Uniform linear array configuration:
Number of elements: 32
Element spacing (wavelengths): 0.75
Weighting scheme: cosine
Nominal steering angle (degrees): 60
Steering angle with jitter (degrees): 58.801
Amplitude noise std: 0.05
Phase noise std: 0.05

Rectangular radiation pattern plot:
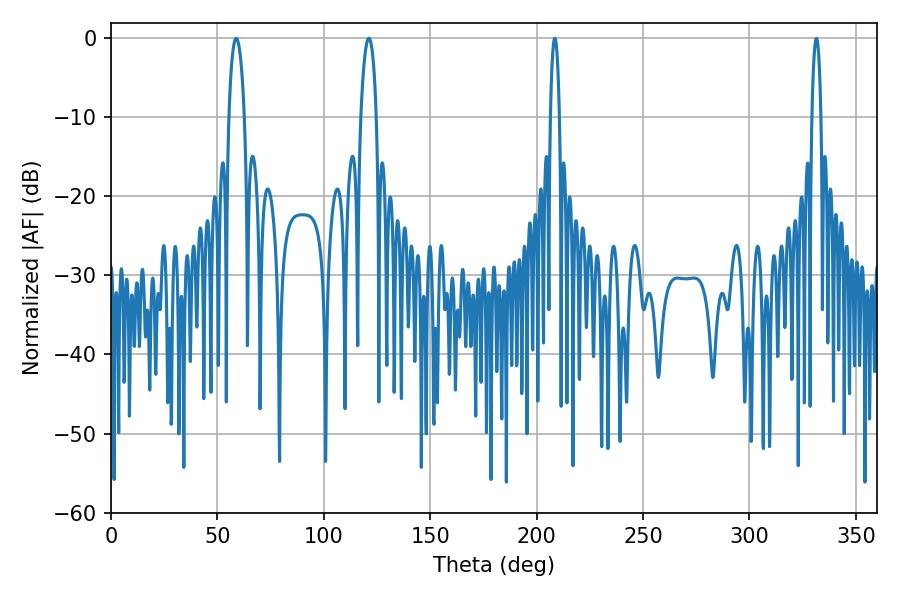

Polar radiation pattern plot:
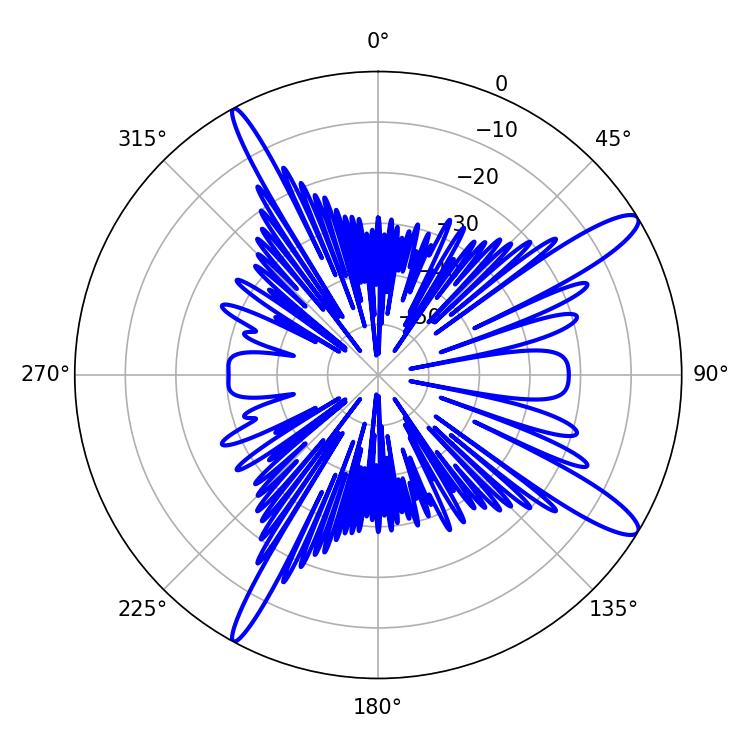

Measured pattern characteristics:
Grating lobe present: TRUE
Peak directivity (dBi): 13.293
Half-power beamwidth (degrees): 4.14
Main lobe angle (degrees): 58.86